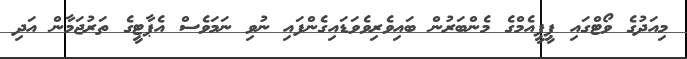
މިއަދުގެ ވޯޓްގައި ޕީޕީއެމްގެ މެންބަރުން ބައިވެރިވެވަޑައިގެންފައި ނުވި ނަމަވެސް އެޕާޓީގެ ތަރުޖަމާން އަދި